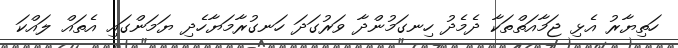
ހަތިޔާރު އެޅި ޖަމާއަތްތަކާ ދެމެދު ހިނގަމުންދާ ވަރުގަދަ ހަނގުރާމަޔާހެދި ޔަމަންގައި އެތައް ލައްކަ